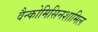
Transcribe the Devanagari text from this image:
वैन्कोमिसिनशामिल